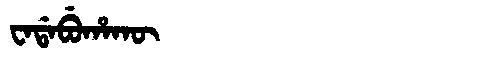
Manchu: ᠸᠠᡩᠠᠪᡠᡥᠠᡴᡡ
Romanization: WADABUHAKŪ